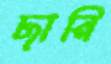
ছানি